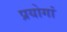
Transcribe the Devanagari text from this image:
प्रयोगां